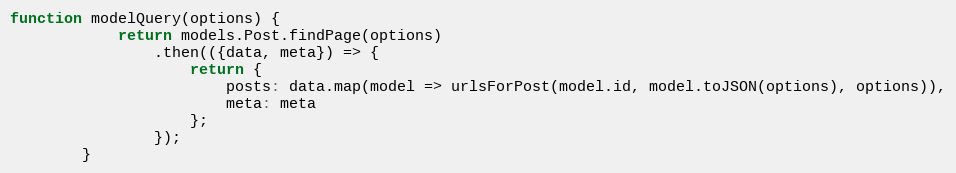
Language: JavaScript
function modelQuery(options) {
            return models.Post.findPage(options)
                .then(({data, meta}) => {
                    return {
                        posts: data.map(model => urlsForPost(model.id, model.toJSON(options), options)),
                        meta: meta
                    };
                });
        }